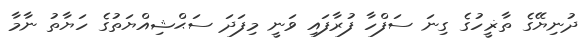
ދުނިޔޭގެ ތާޜީހުގެ ގިނަ ސަފްހާ ފުރާފައި ވަނީ މިފަދަ ސަޙްޝިއްޔަތުގެ ހަޔާތު ނާމާ